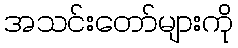
အသင်းတော်များကို